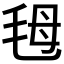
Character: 𣭇